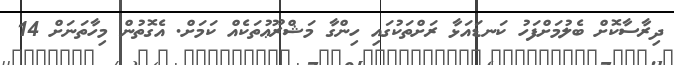
ދިރާސާކޮށް ބެލުމަށްފަހު ކަނޑައަޅާ ރަށްތަކުގައި ހިންގާ މަޝްރޫޢުތަކެެއް ކަމަށް. އެގޮތުން މިހާތަނަށް 14